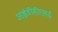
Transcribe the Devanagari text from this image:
आईजीसीएसई